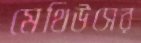
মেথিউসের